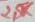
Text: 2,5K